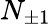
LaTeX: N_{\pm 1}